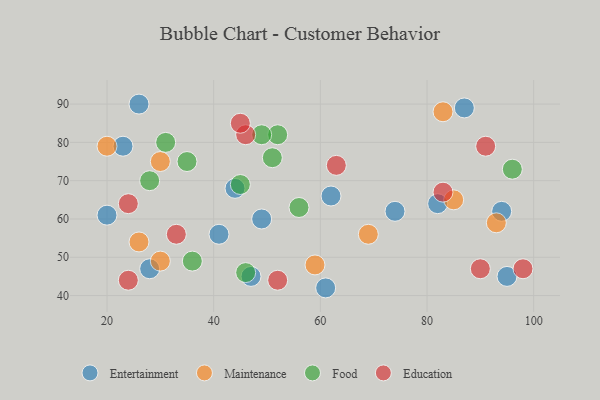
{"axis": {"x": "GDP", "y": "Life Expectancy"}, "legend": ["Education", "Entertainment", "Food", "Maintenance"], "data": [{"x": "20", "y": 61, "type": "Entertainment"}, {"x": "41", "y": 56, "type": "Entertainment"}, {"x": "47", "y": 45, "type": "Entertainment"}, {"x": "94", "y": 62, "type": "Entertainment"}, {"x": "87", "y": 89, "type": "Entertainment"}, {"x": "61", "y": 42, "type": "Entertainment"}, {"x": "49", "y": 60, "type": "Entertainment"}, {"x": "23", "y": 79, "type": "Entertainment"}, {"x": "82", "y": 64, "type": "Entertainment"}, {"x": "44", "y": 68, "type": "Entertainment"}, {"x": "28", "y": 47, "type": "Entertainment"}, {"x": "26", "y": 90, "type": "Entertainment"}, {"x": "95", "y": 45, "type": "Entertainment"}, {"x": "74", "y": 62, "type": "Entertainment"}, {"x": "62", "y": 66, "type": "Entertainment"}, {"x": "59", "y": 48, "type": "Maintenance"}, {"x": "30", "y": 49, "type": "Maintenance"}, {"x": "30", "y": 75, "type": "Maintenance"}, {"x": "83", "y": 88, "type": "Maintenance"}, {"x": "20", "y": 79, "type": "Maintenance"}, {"x": "26", "y": 54, "type": "Maintenance"}, {"x": "69", "y": 56, "type": "Maintenance"}, {"x": "93", "y": 59, "type": "Maintenance"}, {"x": "85", "y": 65, "type": "Maintenance"}, {"x": "51", "y": 76, "type": "Food"}, {"x": "28", "y": 70, "type": "Food"}, {"x": "35", "y": 75, "type": "Food"}, {"x": "46", "y": 46, "type": "Food"}, {"x": "52", "y": 82, "type": "Food"}, {"x": "96", "y": 73, "type": "Food"}, {"x": "45", "y": 69, "type": "Food"}, {"x": "56", "y": 63, "type": "Food"}, {"x": "36", "y": 49, "type": "Food"}, {"x": "49", "y": 82, "type": "Food"}, {"x": "31", "y": 80, "type": "Food"}, {"x": "46", "y": 82, "type": "Education"}, {"x": "24", "y": 64, "type": "Education"}, {"x": "91", "y": 79, "type": "Education"}, {"x": "63", "y": 74, "type": "Education"}, {"x": "45", "y": 85, "type": "Education"}, {"x": "90", "y": 47, "type": "Education"}, {"x": "98", "y": 47, "type": "Education"}, {"x": "83", "y": 67, "type": "Education"}, {"x": "24", "y": 44, "type": "Education"}, {"x": "33", "y": 56, "type": "Education"}, {"x": "52", "y": 44, "type": "Education"}]}